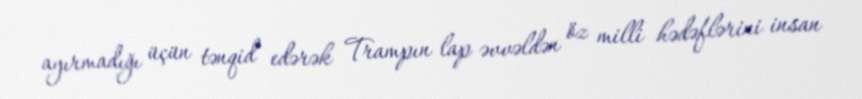
ayırmadığı üçün tənqid edərək Trampın lap əvvəldən öz milli hədəflərini insan